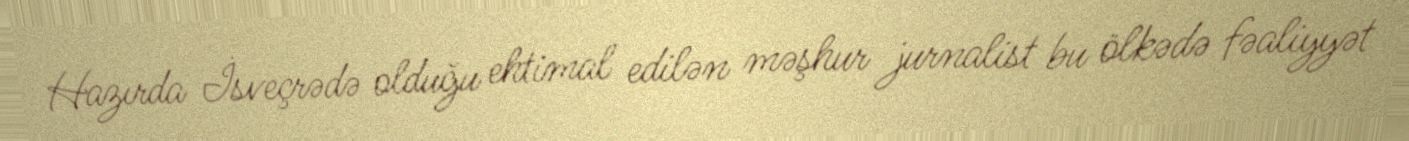
Hazırda İsveçrədə olduğu ehtimal edilən məşhur jurnalist bu ölkədə fəaliyyət